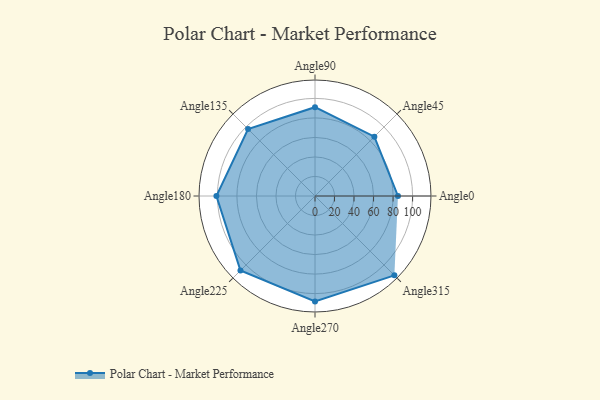
{"axis": {"x": "Angle", "y": "Radius"}, "legend": [""], "data": [{"x": "Angle0", "y": 85.0, "type": ""}, {"x": "Angle45", "y": 86.0, "type": ""}, {"x": "Angle90", "y": 91.0, "type": ""}, {"x": "Angle135", "y": 97.0, "type": ""}, {"x": "Angle180", "y": 101.0, "type": ""}, {"x": "Angle225", "y": 108.0, "type": ""}, {"x": "Angle270", "y": 108.0, "type": ""}, {"x": "Angle315", "y": 115.0, "type": ""}]}